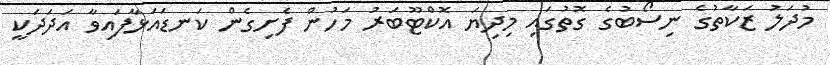
މުދަލު ޒަކާތުގެ ނިސޯބުގެ ގޮތުގައި މިދިޔަ އޮކްޓޫބަރު މަހުން ފެށިގެން ކަނޑައަޅާފައިވާ އަދަދަކީ